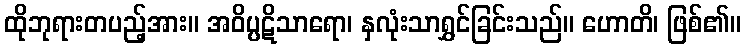
ထိုဘုရားတပည့်အား။ အဝိပ္ပဋိသာရော၊ နှလုံးသာရွှင်ခြင်းသည်။ ဟောတိ၊ ဖြစ်၏။